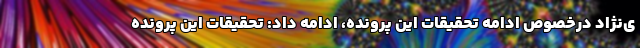
ی‌نژاد درخصوص ادامه تحقیقات این پرونده، ادامه داد: تحقیقات این پرونده